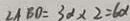
\angle A B D = 3 \alpha \times 2 = 6 \alpha